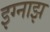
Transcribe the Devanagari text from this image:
इग्नाझ